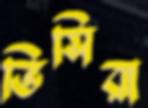
ভিসিরা